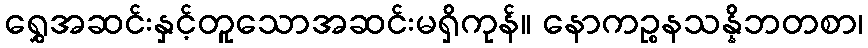
ရွှေအဆင်းနှင့်တူသောအဆင်းမရှိကုန်။ နောကဉ္စနသန္နိဘတစာ၊